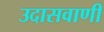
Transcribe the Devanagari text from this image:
उदासवाणी